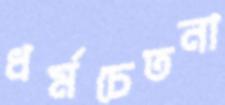
ধর্মচেতনা